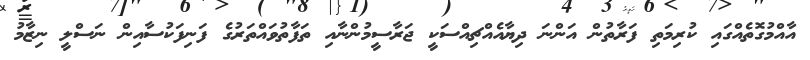
އާއްމުގޮތެއްގައި ކުރިމަތި ފަރާތުން އަންނަ ދިޔާއެއްޗިއްސަކީ ޖަރާސީމުންނާއި ތަފާތުވައްތަރުގެ ފަނިފަކުސާއިން ނަސްލީ ނިޒާމު